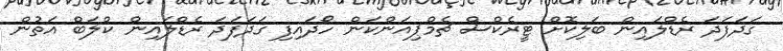
ގަދަފަދަ ރެޑްލައިން ބަލިކޮށް ޓީރެކްސް ޗެމްޕިއަންކަން ހޯދައިފި ގަދަފަދަ ރެޑްލައިން ކްލަބް އަތުން